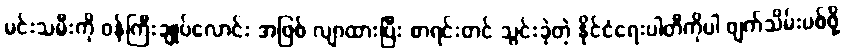
မင်းသမီးကို ဝန်ကြီးချုပ်လောင်း အဖြစ် လျာထားပြီး စာရင်းတင် သွင်းခဲ့တဲ့ နိုင်ငံရေးပါတီကိုပါ ဖျက်သိမ်းပစ်ဖို့